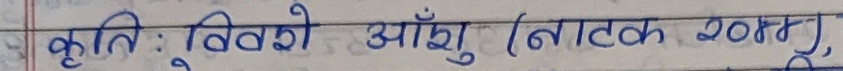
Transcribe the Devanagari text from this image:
कृति : विश्वको आँसु (नाटक २०४४)